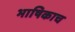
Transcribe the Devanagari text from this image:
भाषिकाच